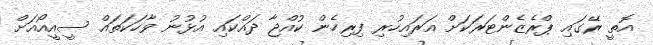
އޮތީ ރޭގައި ޕްރެޒެންޓަރަކަށް އަރައިހުރި ފިރިހެން ކުއްޖާ ދައްކައި އުޅުނު ވާހަކަތައް ސީއީއޯއަށް